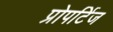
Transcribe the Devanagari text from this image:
प्रोपर्टिज